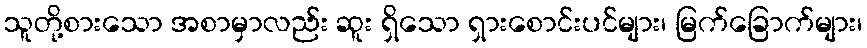
သူတို့စားသော အစာမှာလည်း ဆူး ရှိသော ရှားစောင်းပင်များ၊ မြက်ခြောက်များ၊